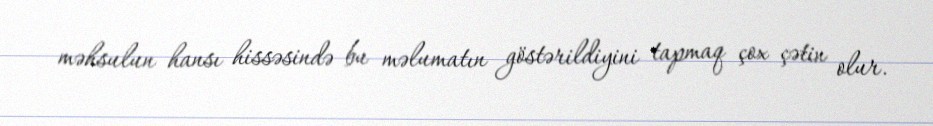
məhsulun hansı hissəsində bu məlumatın göstərildiyini tapmaq çox çətin olur.